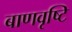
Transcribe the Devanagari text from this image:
बाणवृष्टि